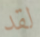
لقد